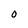
Character: O